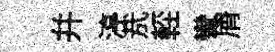
幷渟㢤䡖彎屑